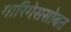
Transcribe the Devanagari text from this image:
गारिगेससोबत